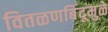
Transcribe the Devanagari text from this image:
वितळणबिंदूमुळे